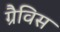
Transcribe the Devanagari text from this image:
ग्रैविस